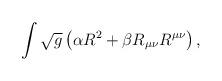
LaTeX: \begin{align*}\int \sqrt{g}\left( \alpha R^{2}+\beta R_{\mu \nu }R^{\mu \nu }\right) ,\end{align*}